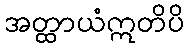
အတ္ထာယံဣတိပိ